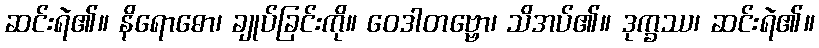
ဆင်းရဲ၏။ နိရောဓော၊ ချုပ်ခြင်းကို။ ဝေဒါတဗ္ဗော၊ သိအပ်၏။ ဒုက္ခဿ၊ ဆင်းရဲ၏။